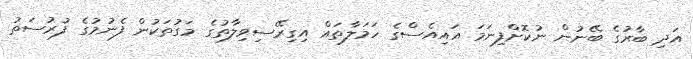
އަދި ބާރުގެ ބޭނުން ނުކޮށްފިނަމަ އައިއެސްގެ ހަމަލާތައް އިގިރޭސިވިލާތުގެ މަގުތަކުން ފެނުމުގެ ފުރުސަތު